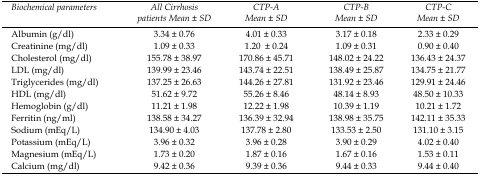
<table><thead><tr><td><b>Biochemical parameters</b></td><td><b>All Cirrhosis patients Mean ± SD</b></td><td><b>CTP-A Mean ± SD</b></td><td><b>CTP-B Mean ± SD</b></td><td><b>CTP-C Mean ± SD</b></td></tr></thead><tbody><tr><td>Albumin (g/dl)</td><td>3.34 ± 0.76</td><td>4.01 ± 0.33</td><td>3.17 ± 0.18</td><td>2.33 ± 0.29</td></tr><tr><td>Creatinine (mg/dl)</td><td>1.09 ± 0.33</td><td>1.20 ± 0.24</td><td>1.09 ± 0.31</td><td>0.90 ± 0.40</td></tr><tr><td>Cholesterol (mg/dl)</td><td>155.78 ± 38.97</td><td>170.86 ± 45.71</td><td>148.02 ± 24.22</td><td>136.43 ± 24.37</td></tr><tr><td>LDL (mg/dl)</td><td>139.99 ± 23.46</td><td>143.74 ± 22.51</td><td>138.49 ± 25.87</td><td>134.75 ± 21.77</td></tr><tr><td>Triglycerides (mg/dl)</td><td>137.25 ± 26.63</td><td>144.26 ± 27.81</td><td>131.92 ± 23.46</td><td>129.91 ± 24.46</td></tr><tr><td>HDL (mg/dl)</td><td>51.62 ± 9.72</td><td>55.26 ± 8.46</td><td>48.14 ± 8.93</td><td>48.50 ± 10.33</td></tr><tr><td>Hemoglobin (g/dl)</td><td>11.21 ± 1.98</td><td>12.22 ± 1.98</td><td>10.39 ± 1.19</td><td>10.21 ± 1.72</td></tr><tr><td>Ferritin (ng/ml)</td><td>138.58 ± 34.27</td><td>136.39 ± 32.94</td><td>138.98 ± 35.75</td><td>142.11 ± 35.33</td></tr><tr><td>Sodium (mEq/L)</td><td>134.90 ± 4.03</td><td>137.78 ± 2.80</td><td>133.53 ± 2.50</td><td>131.10 ± 3.15</td></tr><tr><td>Potassium (mEq/L)</td><td>3.96 ± 0.32</td><td>3.96 ± 0.28</td><td>3.90 ± 0.29</td><td>4.02 ± 0.40</td></tr><tr><td>Magnesium (mEq/L)</td><td>1.73 ± 0.20</td><td>1.87 ± 0.16</td><td>1.67 ± 0.16</td><td>1.53 ± 0.11</td></tr><tr><td>Calcium (mg/dl)</td><td>9.42 ± 0.36</td><td>9.39 ± 0.36</td><td>9.44 ± 0.33</td><td>9.44 ± 0.40</td></tr></tbody></table>